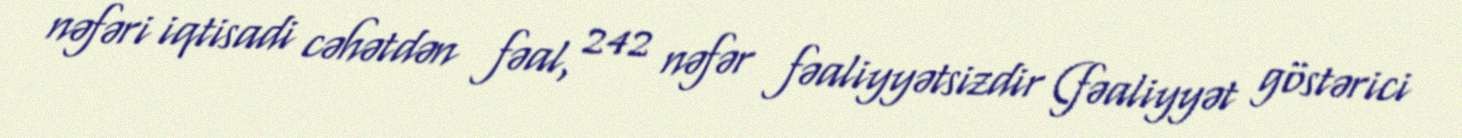
nəfəri iqtisadi cəhətdən fəal, 242 nəfər fəaliyyətsizdir (fəaliyyət göstərici